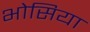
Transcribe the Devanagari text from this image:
भोसिया